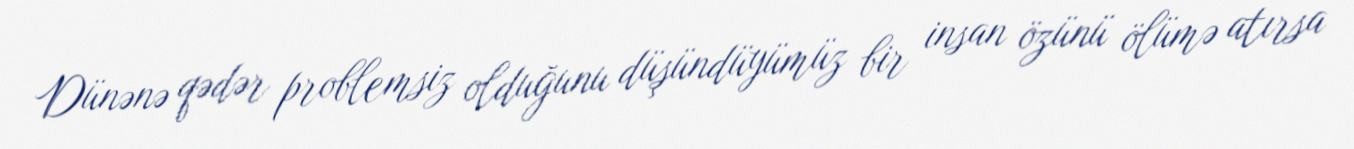
Dünənə qədər problemsiz olduğunu düşündüyümüz bir insan özünü ölümə atırsa